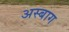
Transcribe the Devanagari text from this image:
अस्बाग